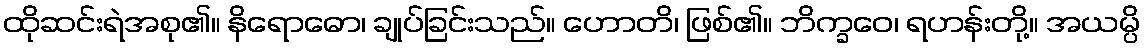
ထိုဆင်းရဲအစု၏။ နိရောဓော၊ ချုပ်ခြင်းသည်။ ဟောတိ၊ ဖြစ်၏။ ဘိက္ခဝေ၊ ရဟန်းတို့။ အယမ္ပိ